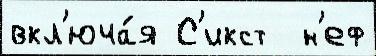
вкл'юча́я С'икст  н'еф